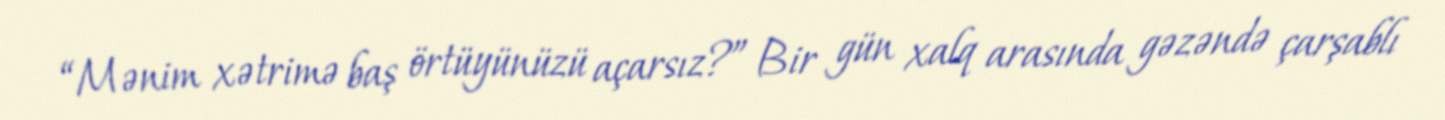
“Mənim xətrimə baş örtüyünüzü açarsız?” Bir gün xalq arasında gəzəndə çarşablı